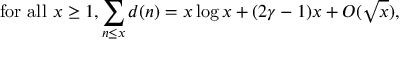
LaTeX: { \mathrm { f o r ~ a l l ~ } } x \geq 1 , \sum _ { n \leq x } d ( n ) = x \log x + ( 2 \gamma - 1 ) x + O ( { \sqrt { x } } ) ,